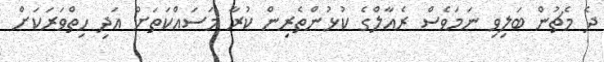
ދެ މެޗުން ބަލިވި ނަމަވެސް ރެއާލްގެ ކުޅުންތެރިން ކުރާ މަސައްކަތަށް އަދި ހިތްވަރަކަށް